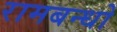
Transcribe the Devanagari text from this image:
रामबन्धो